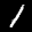
Label: 1